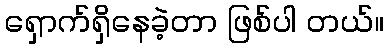
ရှောက်ရှိနေခဲ့တာ ဖြစ်ပါ တယ်။